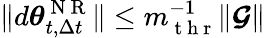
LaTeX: \lVert d{\boldsymbol{\theta}}_{t,\Delta t}^{\mathrm{~N~R~}}\rVert\leq m_{\mathrm{~t~h~r~}}^{-1}\lVert\boldsymbol{\mathcal{G}}\rVert